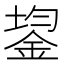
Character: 鋆